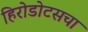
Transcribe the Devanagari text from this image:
हिरोडोटसचा